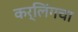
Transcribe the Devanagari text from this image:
कर्लिंगचा